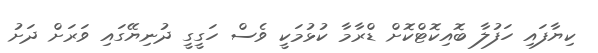
ކިޔާފައި ހަފުލާ ބޮއިކޮޓްކޮށް ޑްރާމާ ކުޅުމަކީ ވެސް ހަގީގީ ދުނިޔޭގައި ވަރަށް ދަށު